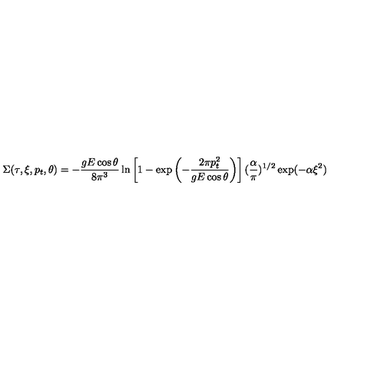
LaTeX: \Sigma ( \tau , \xi , p _ { t } , \theta ) = - \frac { g E \cos \theta } { 8 \pi ^ { 3 } } \ln \left[ 1 - \exp \left( - { \frac { 2 \pi p _ { t } ^ { 2 } } { g E \cos \theta } } \right) \right] ( { \frac { \alpha } { \pi } } ) ^ { 1 / 2 } \exp ( - \alpha \xi ^ { 2 } )